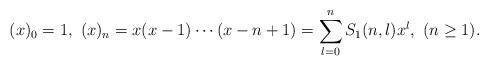
LaTeX: \begin{align*}(x)_0=1,\,\,(x)_n=x(x-1)\cdots(x-n+1)= \sum_{l=0}^n S_1(n,l) x^l,\,\,(n \geq 1).\end{align*}